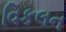
વિકલન